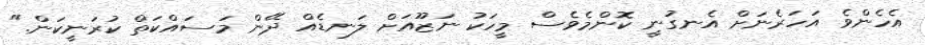
އެހެންވެ އަހަރެނަށް އެނގުނީ ކޮންމެވެސް މީހަކު ނަޒޫއަށް ލަނޑެއް ދޭން މަސައްކަތް ކުރަނީކަން."